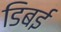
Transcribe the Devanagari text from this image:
डिबई